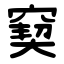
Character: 窫